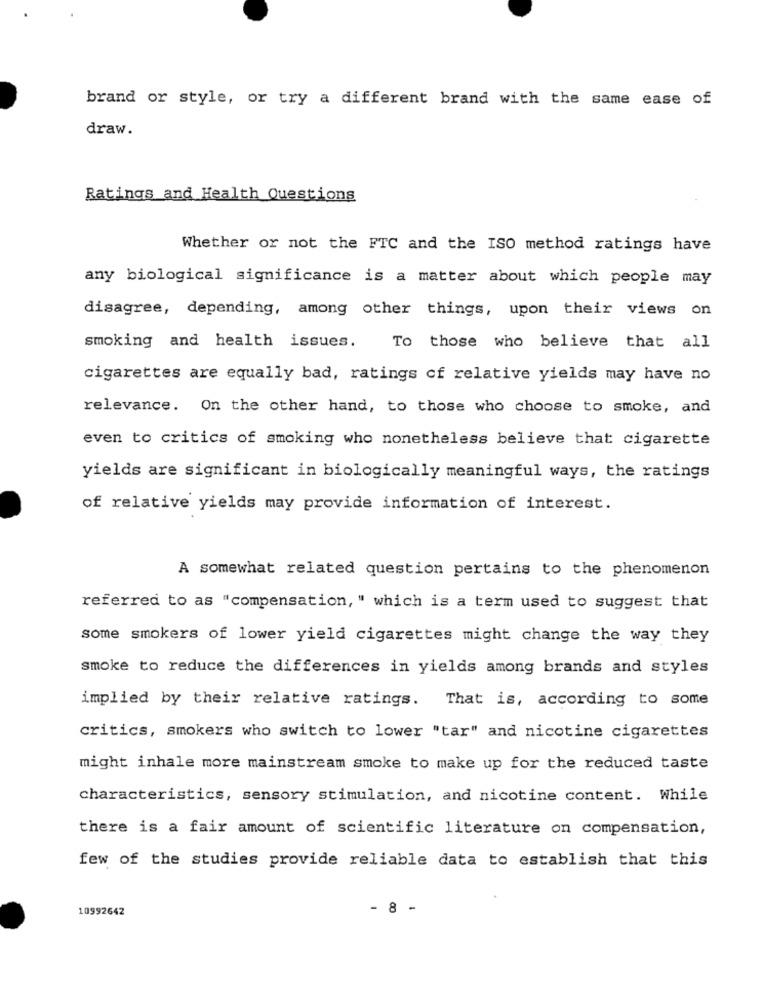
brand or style, or try a different brand with the same ease of
draw.
Ratings and Health Questions
Whether or not the FTC and the ISO method ratings have
any biological significance is a matter about which people may
disagree, depending, among other things, upon their views on
smoking and health issues.
To those who believe that all
cigarettes are equally bad, ratings of relative yields may have no
relevance. On the other hand, to those who choose to smoke, and
even to critics of smoking who nonetheless believe that cigarette
yields are significant in biologically meaningful ways, the ratings
of relative yields may provide information of interest.
A somewhat related question pertains to the phenomenon
referred to as "compensation, " which is a term used to suggest that
some smokers of lower yield cigarettes might change the way they
smoke to reduce the differences in yields among brands and styles
implied by their relative ratings. That is, according to some
critics, smokers who switch to lower "tar" and nicotine cigarettes
might inhale more mainstream smoke to make up for the reduced taste
characteristics, sensory stimulation, and nicotine content. While
there is a fair amount of scientific literature on compensation,
few of the studies provide reliable data to establish that this
10992642
- 8 -